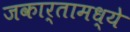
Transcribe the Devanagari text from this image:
जकार्तामध्ये